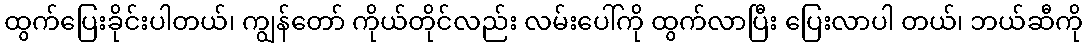
ထွက်ပြေးခိုင်းပါတယ်၊ ကျွန်တော် ကိုယ်တိုင်လည်း လမ်းပေါ်ကို ထွက်လာပြီး ပြေးလာပါ တယ်၊ ဘယ်ဆီကို